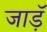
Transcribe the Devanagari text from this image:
जाड़ॅ